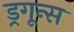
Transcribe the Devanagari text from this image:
ड्रगून्स